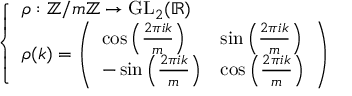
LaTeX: \left\{ \begin{array} { l l } { \rho : \mathbb { Z } / m \mathbb { Z } \to { \mathrm { G L } } _ { 2 } ( \mathbb { R } ) } \\ { \rho ( k ) = { \left( \begin{array} { l l } { \cos \left( { \frac { 2 \pi i k } { m } } \right) } & { \sin \left( { \frac { 2 \pi i k } { m } } \right) } \\ { - \sin \left( { \frac { 2 \pi i k } { m } } \right) } & { \cos \left( { \frac { 2 \pi i k } { m } } \right) } \end{array} \right) } } \end{array} \right.